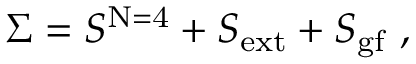
\Sigma = S ^ { \mathrm { N = 4 } } + S _ { \mathrm { e x t } } + S _ { \mathrm { g f } } \, \, ,